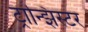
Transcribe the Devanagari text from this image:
ट्रान्झिस्टर